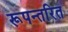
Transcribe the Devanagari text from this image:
रूपन्तरित